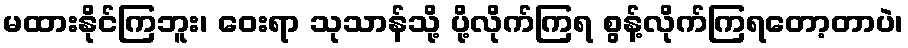
မထားနိုင်ကြဘူး၊ ဝေးရာ သုသာန်သို့ ပို့လိုက်ကြရ စွန့်လိုက်ကြရတော့တာပဲ၊